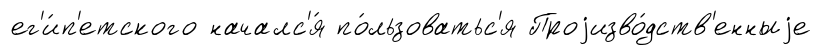
ег'и́п'етского началс'я́ по́льзоватьс'я Проjизво́дств'енныjе